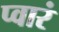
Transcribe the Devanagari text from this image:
प्वारं